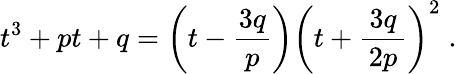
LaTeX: t^{3}+pt+q=\left(t-{\frac{3q}{p}}\right)\left(t+{\frac{\, 3q\, }{2p}}\right)^{2}\; .